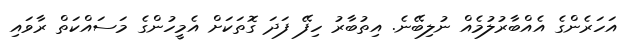
އަހަރެންގެ އެއްބާރުލުމެއް ނުލިބޭނެ. އިތުބާރު ހިފޭ ފަދަ ގޮތަކަށް އެމީހުންގެ މަސައްކަތް ރާވައި